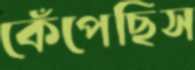
কেঁপেছিস